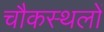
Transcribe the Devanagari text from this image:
चौकस्थलों